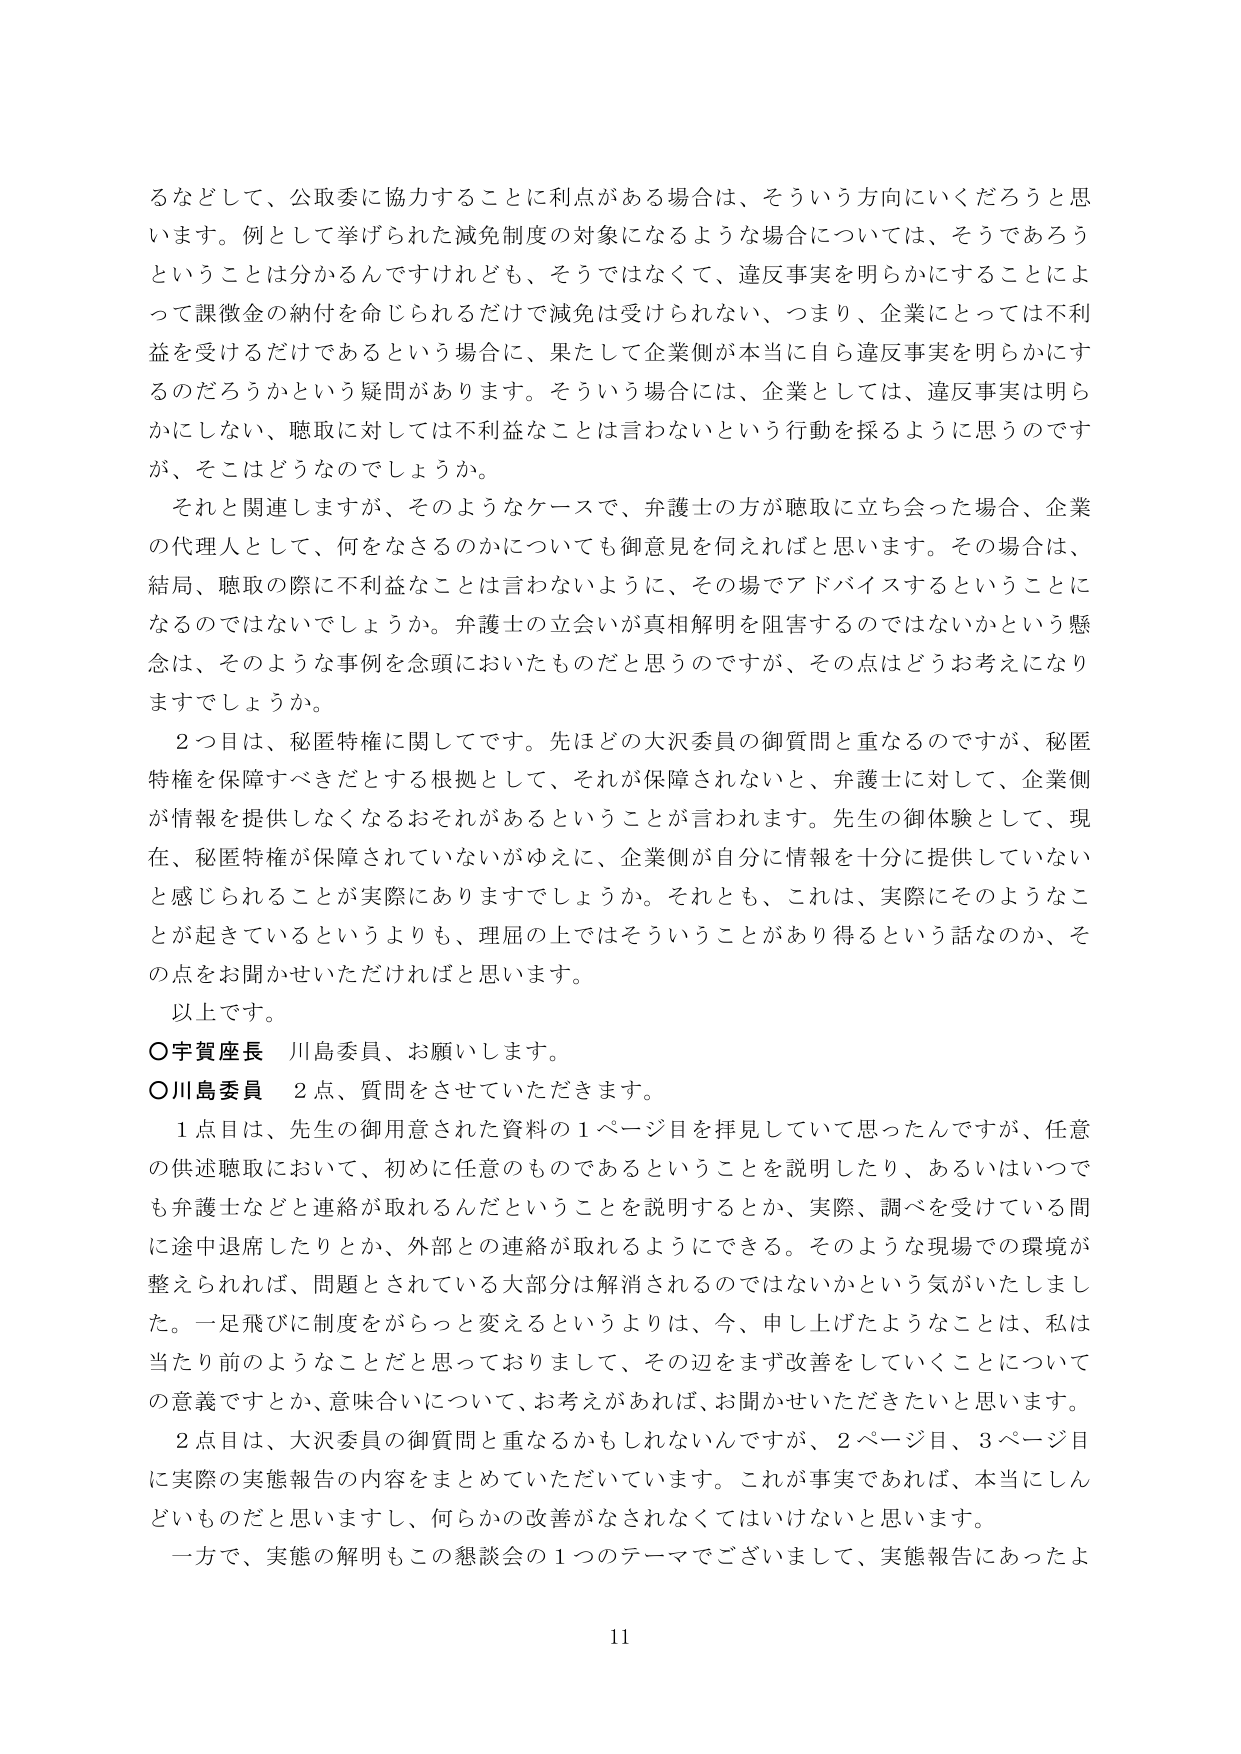
るなどして、公取委に協力することに利点がある場合は、そういう方向にいくだろうと思います。例として挙げられた減免制度の対象になるような場合については、そうであろうということは分かるんですけれども、そうではなくて、違反事実を明らかにすることによって課徴金の納付を命じられるだけで減免は受けられない、つまり、企業にとっては不利益を受けるだけであるという場合に、果たして企業側が本当に自ら違反事実を明らかにするのだろうかという疑問があります。そういう場合には、企業としては、違反事実は明らかにしない、聴取に対しては不利益なことは言わないという行動を採るように思うのですが、そこはどうなのでしょうか。

それと関連しますが、そのようなケースで、弁護士の方が聴取に立ち会った場合、企業の代理人として、何をなさるのかについても御意見を伺えればと思います。その場合は、結局、聴取の際に不利益なことは言わないように、その場でアドバイスするということになるのではないでしょうか。弁護士の立会いが真相解明を阻害するのではないかという懸念は、そのような事例を念頭においたものだと思うのですが、その点はどうお考えになりますでしょうか。

２つ目は、秘匿特権に関してです。先ほどの大沢委員の御質問と重なるのですが、秘匿特権を保障すべきだとする根拠として、それが保障されないと、弁護士に対して、企業側が情報を提供しなくなるおそれがあるということが言われます。先生の御体験として、現在、秘匿特権が保障されていないがゆえに、企業側が自分に情報を十分に提供していないと感じられることが実際にありますでしょうか。それとも、これは、実際にそのようなことが起きているというよりも、理屈の上ではそういうことがあり得るという話なのか、その点をお聞かせいただければと思います。

以上です。

○宇賀座長　川島委員、お願いします。

○川島委員　２点、質問をさせていただきます。

１点目は、先生の御用意された資料の１ページ目を拝見していて思ったんですが、任意の供述聴取において、初めに任意のものであるということを説明したり、あるいはいつでも弁護士などと連絡が取れるんだということを説明するとか、実際、調べを受けている間に途中退席したりとか、外部との連絡が取れるようにできる。そのような現場での環境が整えられれば、問題とされている大部分は解消されるのではないかという気がいたしました。一足飛びに制度をがらっと変えるというよりは、今、申し上げたようなことは、私は当たり前のようなことだと思っておりまして、その辺をまず改善していくことについての意義ですとか、意味合いについて、お考えがあれば、お聞かせいただきたいと思います。

２点目は、大沢委員の御質問と重なるかもしれないんですが、２ページ目、３ページ目に実際の実態報告の内容をまとめていただいています。これが事実であれば、本当にしんどいものだと思いますし、何らかの改善がなされなくてはいけないと思います。

一方で、実態の解明もこの懇談会の１つのテーマでございまして、実態報告にあったよ

11